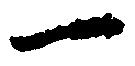
一